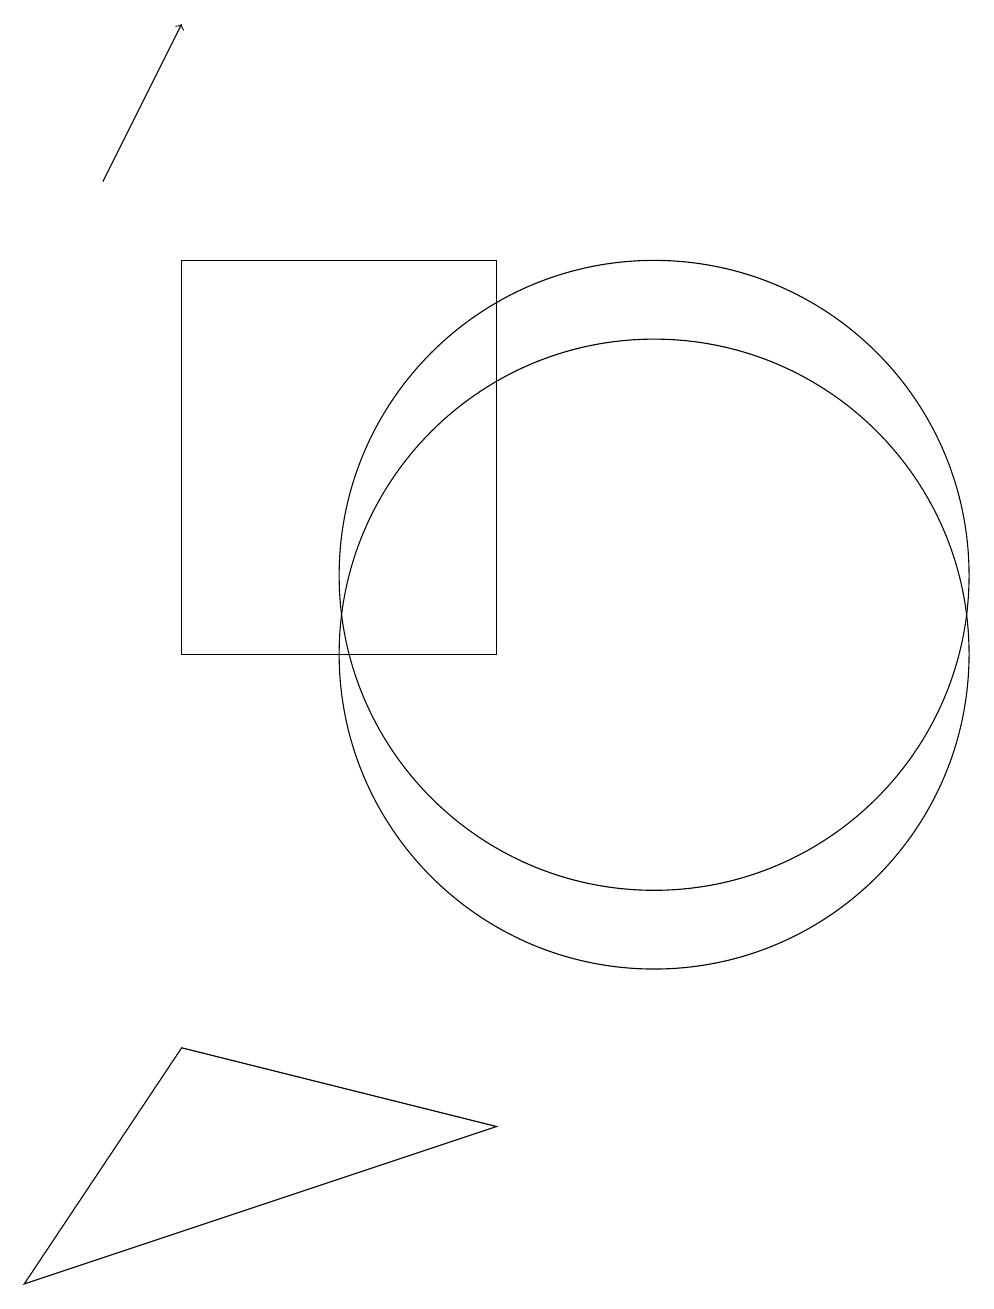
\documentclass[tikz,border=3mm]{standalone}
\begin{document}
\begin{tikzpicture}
\draw (10,12) circle (4);
\draw (8,5) -- (4,6) -- (2,3) -- cycle;
\draw (10,11) circle (4);
\draw (8,11) rectangle (4,16);
\draw[->] (3,17) -- (4,19);
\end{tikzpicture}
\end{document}